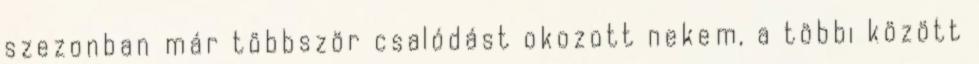
szezonban már többször csalódást okozott nekem, a többi között